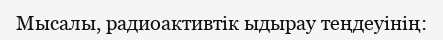
Мысалы, радиоактивтік ыдырау теңдеуінің: